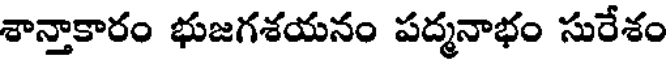
శాన్తాకారం భుజగశయనం పద్మనాభం సురేశం